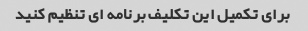
برای تکمیل این تکلیف برنامه ای تنظیم کنید